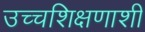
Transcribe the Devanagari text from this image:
उच्चशिक्षणाशी